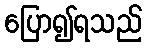
ပြော၍ရသည်